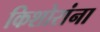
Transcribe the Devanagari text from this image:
किशोरांना